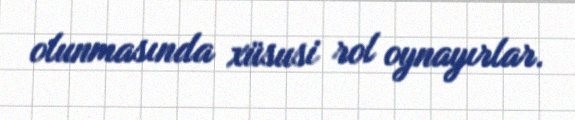
olunmasında xüsusi rol oynayırlar.